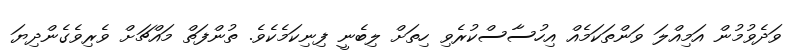
ވަދެވުމުން އަމިއްލަ ވަންތަކަމެއް އިހުސާސްކުރެވި ހިތަށް ލިބެނީ ފިނިކަމެކެވެ. ތުންފަތް މައްޗަށް ވެރިވެގެންދިޔަ